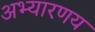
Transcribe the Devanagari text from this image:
अभ्यारणय